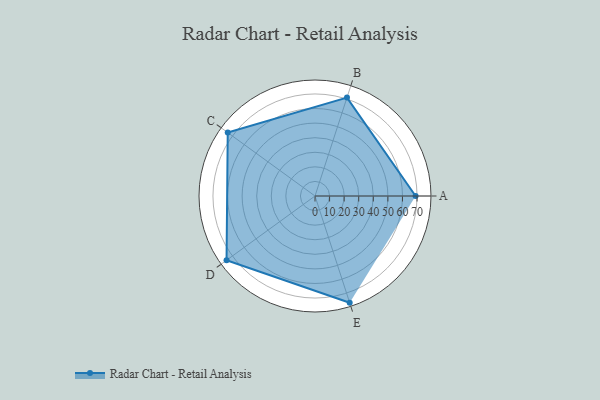
{"axis": {"x": "Skill", "y": "Score"}, "legend": ["Profile"], "data": [{"x": "A", "y": 69.0, "type": "Profile"}, {"x": "B", "y": 71.0, "type": "Profile"}, {"x": "C", "y": 74.0, "type": "Profile"}, {"x": "D", "y": 75.0, "type": "Profile"}, {"x": "E", "y": 77.0, "type": "Profile"}]}